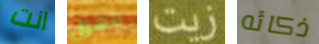
انت للهول زيت ذكائه